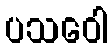
ပသဝေါ